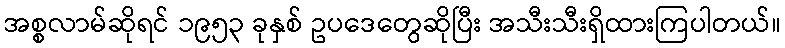
အစ္စလာမ်ဆိုရင် ၁၉၅၃ ခုနှစ် ဥပဒေတွေဆိုပြီး အသီးသီးရှိထားကြပါတယ်။